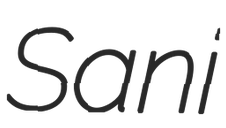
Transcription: Sani